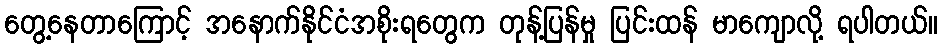
တွေ့နေတာကြောင့် အနောက်နိုင်ငံအစိုးရတွေက တုန့်ပြန်မှု ပြင်းထန် မာကျောလို့ ရပါတယ်။